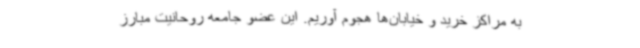
به مراکز خرید و خیابان‌ها هجوم آوریم. این عضو جامعه روحانیت مبارز